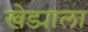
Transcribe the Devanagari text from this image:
खेड्याला